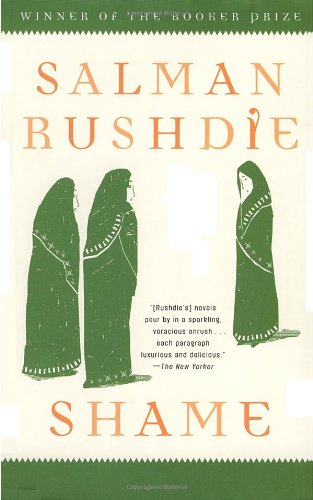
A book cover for Shame: A Novel; Salman Rushdie; Literature & Fiction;